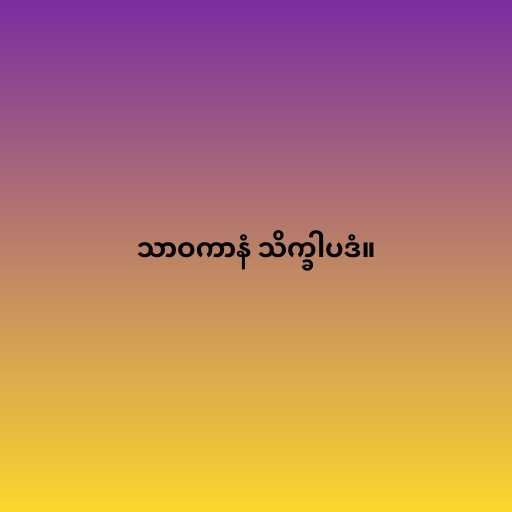
သာဝကာနံ သိက္ခါပဒံ။